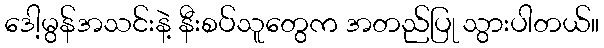
ဒေါ့မွန်အသင်းနဲ့ နီးစပ်သူတွေက အတည်ပြု သွားပါတယ်။